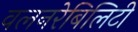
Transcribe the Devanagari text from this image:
वलनरेबिलिटी